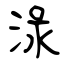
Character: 淥